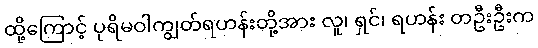
ထို့ကြောင့် ပုရိမဝါကျွတ်ရဟန်းတို့အား လူ၊ ရှင်၊ ရဟန်း တဦးဦးက